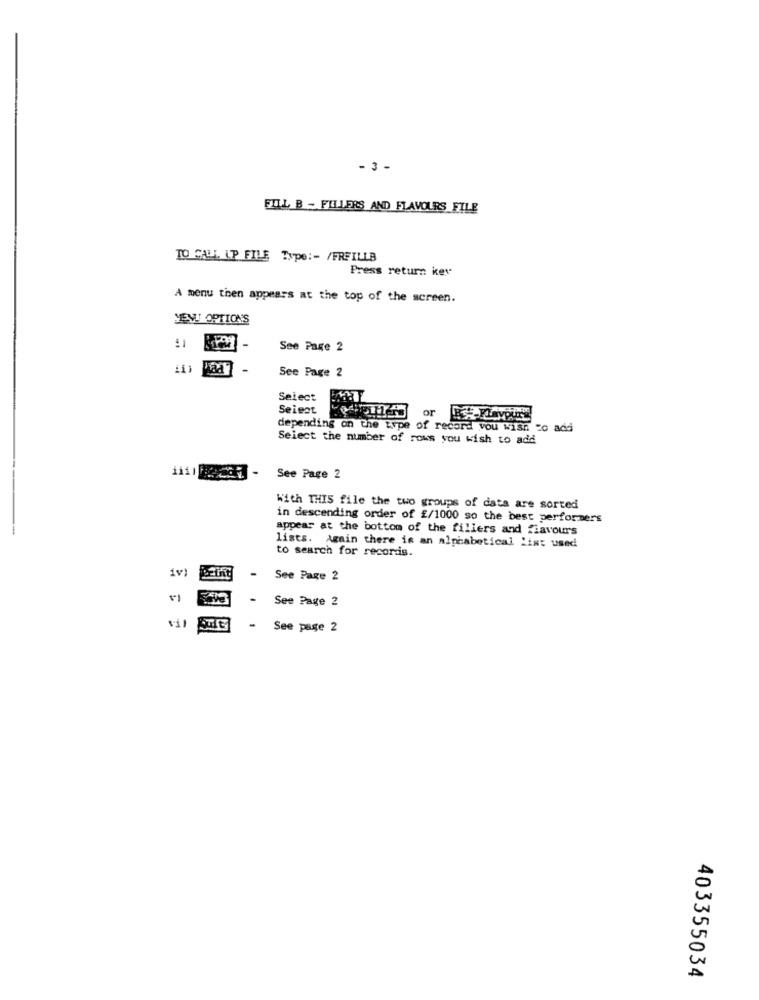
- 3 -
FILL B - FILLERS AND FLAVOURS FILE
TO CALL LP FILE Type :- /FRFILLE
Press return key
A menu then appears at the top of the screen.
MEV OPTIONS
-
See Page 2
See Page 2
Select
Seieat
or
depending on the type of record you wish to add
Select the number of rows you wish to add
See Page 2
With THIS file the two groups of data are sorted
in descending order of £/1000 so the best performers
appear at the bottom of the fillers and flavours
lists. Again there is an alphabetical 'ist used
to search for records.
iv)
- See Page 2
See Page 2
- See page 2
403355034